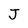
Character: J